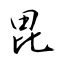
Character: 毘